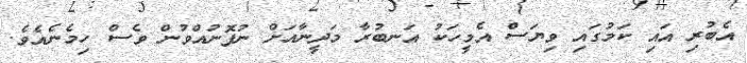
އެބުރި އައި ކަމުގައި ވިޔަސް އެމީހަކު އަނބުރާ މަދީނާއަށް ނުފޮނުއްވުން ވެސް ހިމެނެއެވެ.